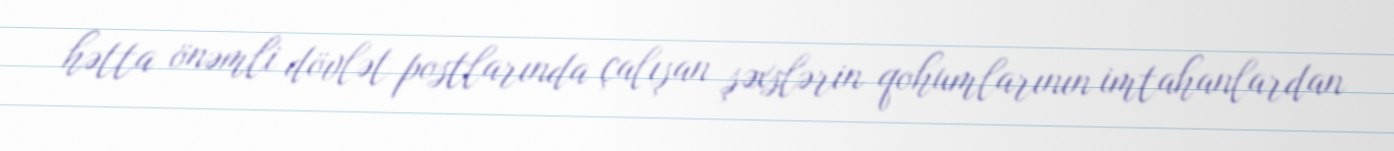
hətta önəmli dövlət postlarında çalışan şəxslərin qohumlarının imtahanlardan